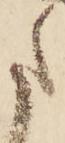
た